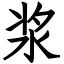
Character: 浆